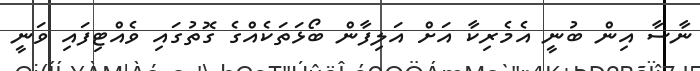
ނާސާ އިން ބުނީ އެމެރިކާ އަށް އަލިފާން ބޯޅަތަކެއްގެ ގޮތުގައި ވެއްޓިފައި ވަނީ